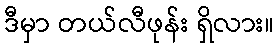
ဒီမှာ တယ်လီဖုန်း ရှိလား။